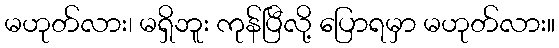
မဟုတ်လား၊ မရှိဘူး ကုန်ပြီလို့ ပြောရမှာ မဟုတ်လား။